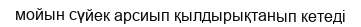
мойын сүйек арсиып қылдырықтанып кетеді